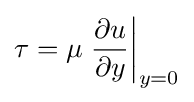
\tau =\mu \left.{\frac {\partial u}{\partial y}}\right|_{y=0}